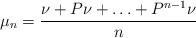
LaTeX: \begin{align*}\mu_n = \frac{ \nu+P\nu+\ldots+P^{n-1}\nu }{n}\end{align*}